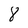
Character: 8